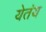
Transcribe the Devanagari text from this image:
येतंय